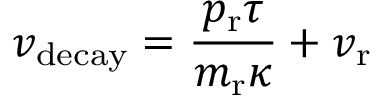
v _ { \mathrm { d e c a y } } = \frac { p _ { \mathrm { r } } \tau } { m _ { \mathrm { r } } \kappa } + v _ { \mathrm { r } }